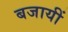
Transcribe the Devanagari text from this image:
बजायीं